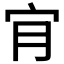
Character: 𡧓